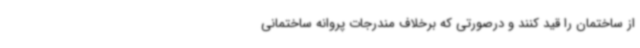
از ساختمان را قید کنند و درصورتی که برخلاف مندرجات پروانه ساختمانی